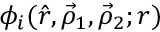
\phi _ { i } ( \hat { r } , \vec { \rho } _ { 1 } , \vec { \rho } _ { 2 } ; r )